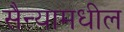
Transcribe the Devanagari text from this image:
सैन्यामधील